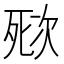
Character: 𣣌